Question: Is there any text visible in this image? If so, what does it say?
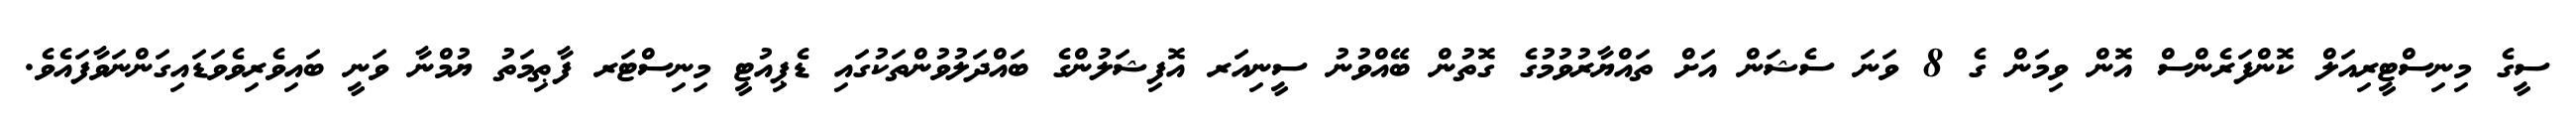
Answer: ސީގެ މިނިސްޓީރިއަލް ކޮންފަރެންސް އޮން ވިމަން ގެ 8 ވަނަ ސެޝަން އަށް ތައްޔާރުވުމުގެ ގޮތުން ބޭއްވުނު ސީނިއަރ އޮފިޝަލުންގެ ބައްދަލުވުންތަކުގައި ޑެޕިއުޓީ މިނިސްޓަރ ފާޠިމަތު ޔުމްނާ ވަނީ ބައިވެރިވެވަޑައިގަންނަވާފައެވެ.